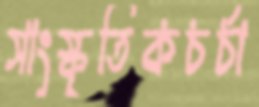
সাংস্কৃতিকচর্চা